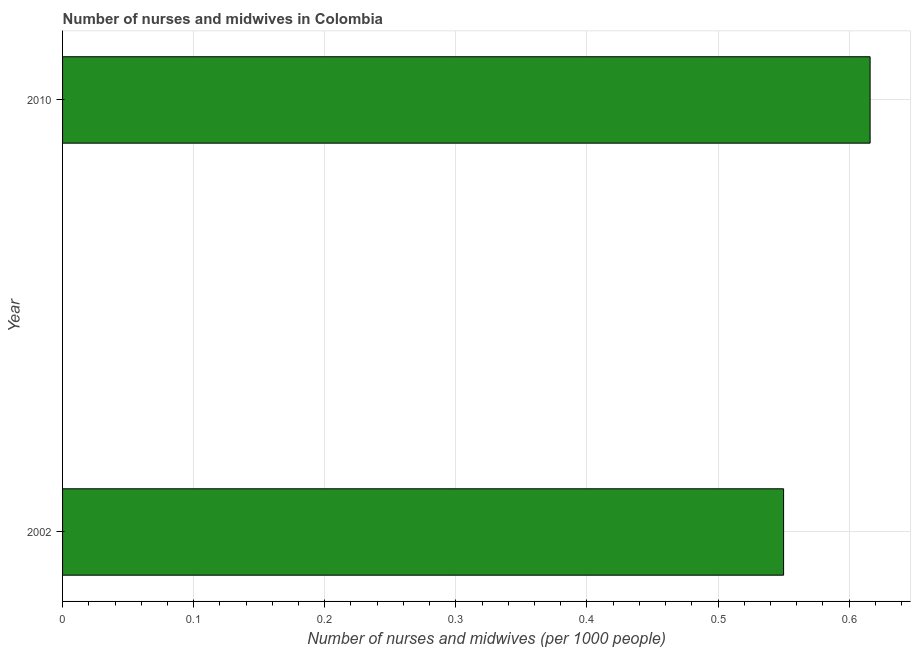
| Year | Nurses and midwives |
 | --- | --- |
 | 2002 | 0.55 |
 | 2010 | 0.616 |